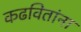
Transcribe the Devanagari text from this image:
कढवितांना